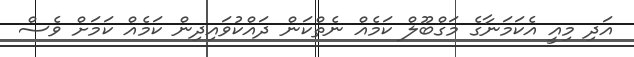
އަދި މިއީ އެކަމަނާގެ މަގްބޫލް ކަމެއް ނެތްކަން ދައްކުވައިދިން ކަމެއް ކަމަށް ވެސް